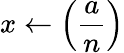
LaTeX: x\gets\left({\frac{a}{n}}\right)